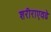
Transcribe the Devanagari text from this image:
शरीराएवढे